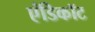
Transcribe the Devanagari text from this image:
एंडिकॉट